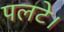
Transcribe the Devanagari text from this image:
पलटे।